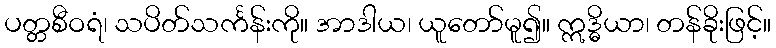
ပတ္တစီဝရံ၊ သပိတ်သင်္ကန်းကို။ အာဒါယ၊ ယူတော်မူ၍။ ဣဒ္ဓိယာ၊ တန်ခိုးဖြင့်။